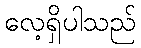
လေ့ရှိပါသည်